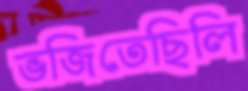
ভজিতেছিলি